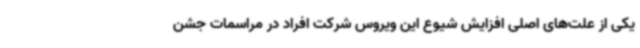
یکی از علت‌های اصلی افزایش شیوع این ویروس شرکت افراد در مراسمات جشن